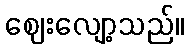
ဈေးလျော့သည်။